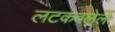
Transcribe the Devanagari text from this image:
लटकवलेले